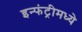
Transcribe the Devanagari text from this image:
इन्फंट्रीमध्ये